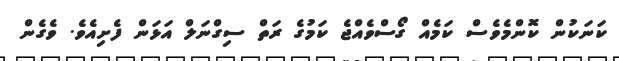
ކަނަކުން ކޮންމެވެސް ކަމެއް ގޯސްވެއްޖެ ކަމުގެ ރަތް ސިގްނަލް އަޅަން ފެށިއެވެ. ވެގެން